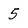
Character: 5